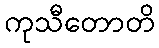
ကုသီတောတိ